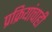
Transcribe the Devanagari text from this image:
प्रक्रियांचाही